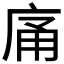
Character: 𭙡